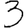
Digit: 3